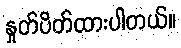
နှုတ်ပိတ်ထားပါတယ်။